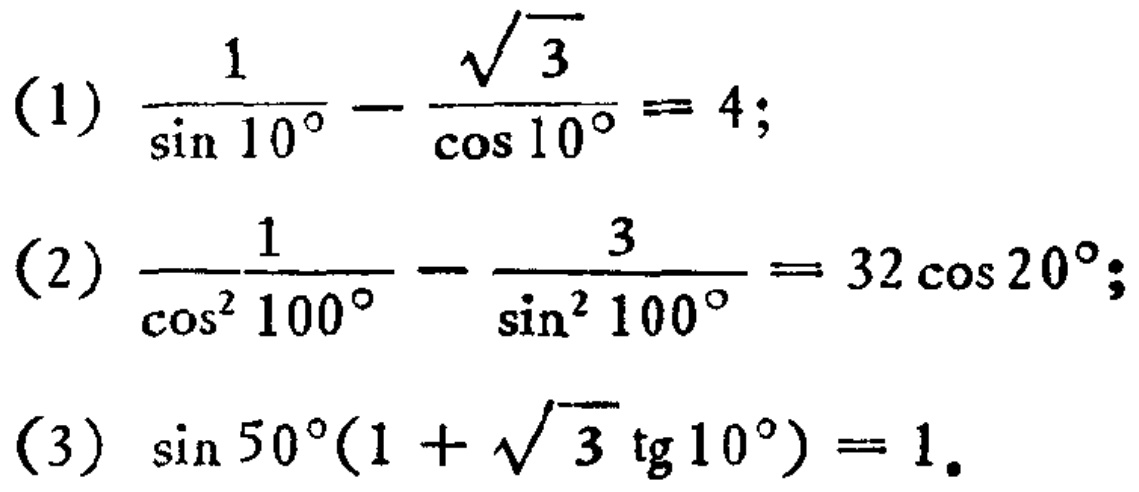
(1) \(\frac{1}{\sin 10^{\circ}}-\frac{\sqrt{3}}{\cos 10^{\circ}} = 4\);

(2) \(\frac{1}{\cos^{2}100^{\circ}}-\frac{3}{\sin^{2}100^{\circ}} = 32\cos 20^{\circ}\);

(3) \(\sin 50^{\circ}(1 + \sqrt{3}\tg 10^{\circ}) = 1\).